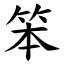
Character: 笨